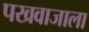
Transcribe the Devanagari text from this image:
पखवाजाला